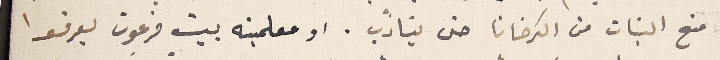
منع البنات من الكرخانا حتى يتأدب. او معلمينه بيت فرعون يعرفوا